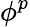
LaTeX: \phi^{p}